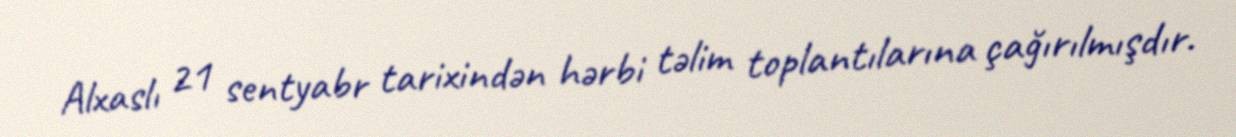
Alxaslı 21 sentyabr tarixindən hərbi təlim toplantılarına çağırılmışdır.